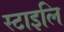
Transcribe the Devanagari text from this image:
स्टाइलि